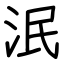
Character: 泯